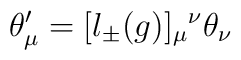
\theta'_{\mu} = [l_{\pm}(g)]_{\mu}{}^{\nu} \theta_{\nu}